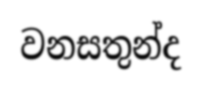
වනසතුන්ද